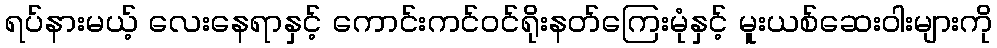
ရပ်နားမယ့် လေးနေရာနှင့် ကောင်းကင်ဝင်ရိုးနတ်ကြေးမုံနှင့် မူးယစ်ဆေးဝါးများကို